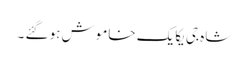
شاہ جی یکایک خاموش ہو گئے ۔